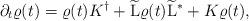
LaTeX: \begin{align*}\partial_t\varrho(t)= \varrho(t)K^\dag+\widetilde{\mathrm{L}}\varrho(t)\widetilde{\mathrm{L}}^\ast+K\varrho(t) ,\end{align*}